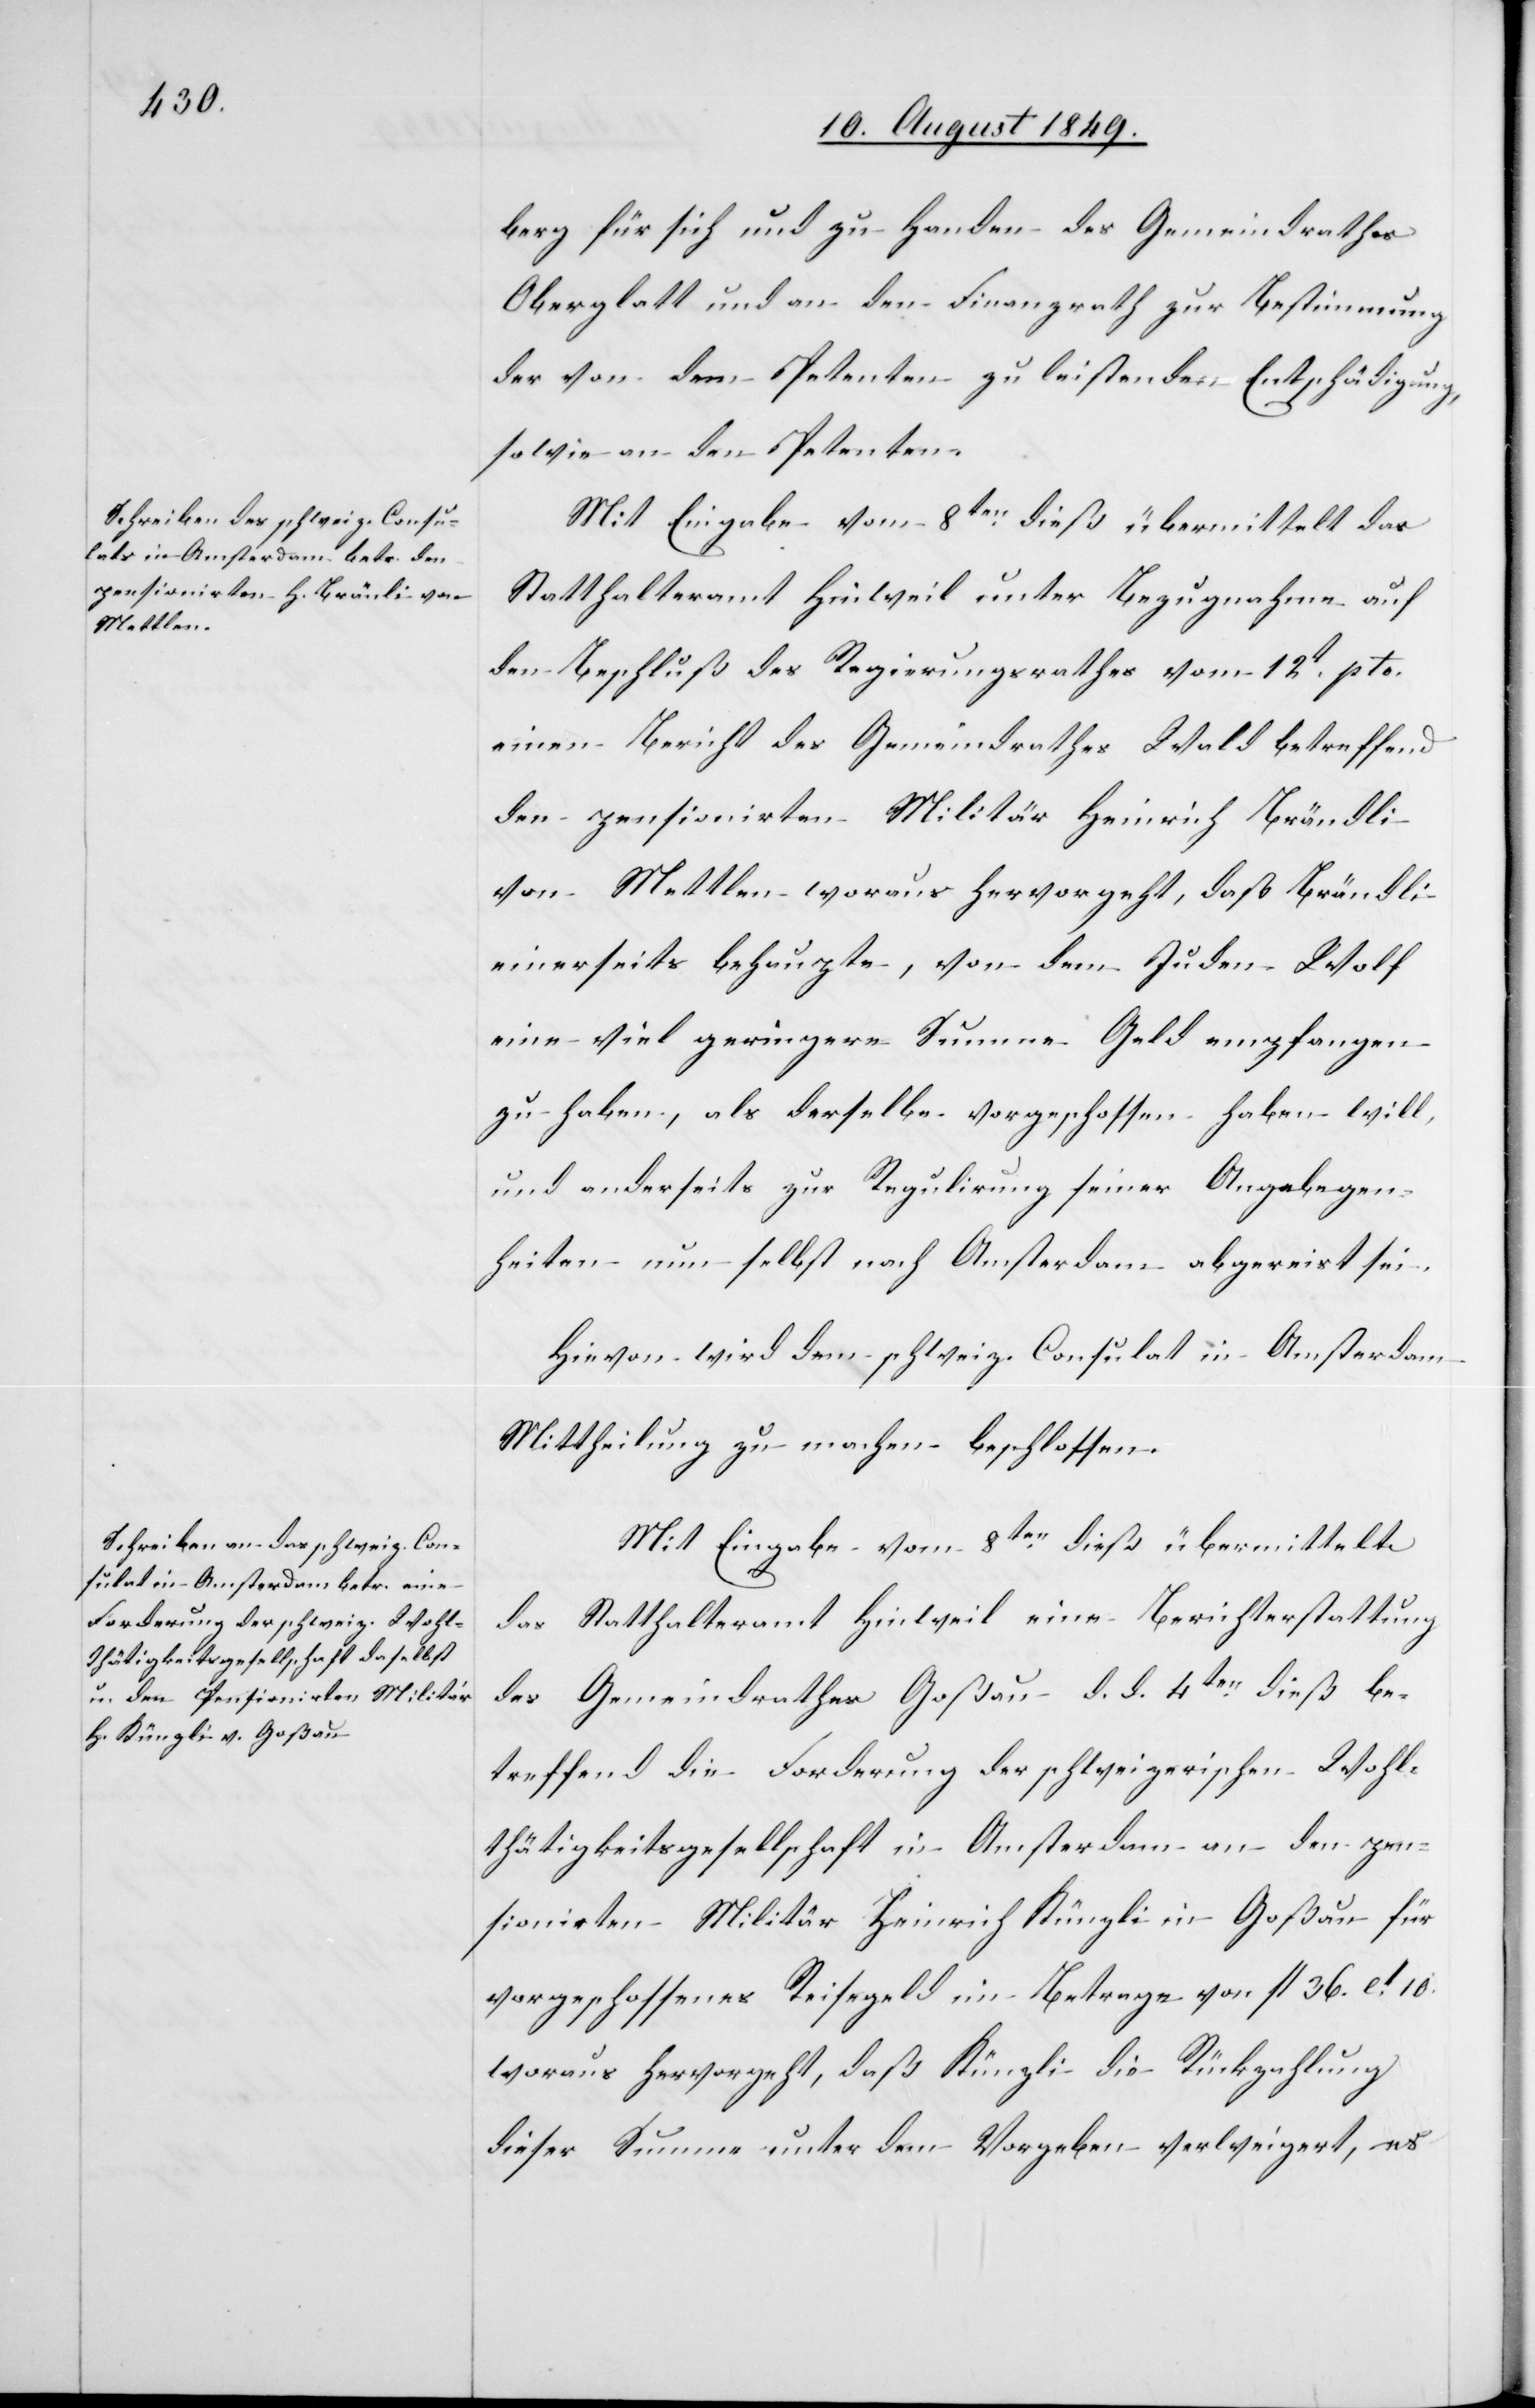
berg für sich und zu Handen des Gemeindrathes
Oberglatt und an den Finanzrath zur Bestimmung
der von dem Petenten zu leistenden Entschädigung,
sowie an den Petenten.
Mit Eingabe vom 8ten dieß übermittelt das
Statthalteramt Hinweil unter Bezugnahme auf
den Beschluß des Regierungsrathes vom 12t pto.
einen Bericht des Gemeindrathes Wald betreffend
den pensionirten Militär Heinrich Brändli
von Mettlen woraus hervorgeht, daß Brändli
einerseits behaupte, von dem Juden Wolf
eine viel geringere Summe Geld empfangen
zu haben, als derselbe vorgeschossen haben will,
und anderseits zur Regulirung seiner Angelegen¬
heiten nun selbst nach Amsterdam abgereist sei.
Hievon wird dem schweiz. Consulat in Amsterdam
Mittheilung zu machen beschlossen.
Mit Eingabe vom 8ten dieß übermittelt
das Statthalteramt Hinweil eine Berichterstattung
des Gemeindrathes Goßau d. d. 4ten dieß be¬
treffend die Forderung der schweizerischen Wohl¬
thätigkeitsgesellschaft in Amsterdam an den pen¬
sionirten Militär Heinrich Künzli in Goßau für
vorgeschossenes Reisegeld im Betrage von fl. 36. [?] 10.
woraus hervorgeht, daß Künzli die Rückzahlung
dieser Summe unter dem Vorgeben verweigert, es